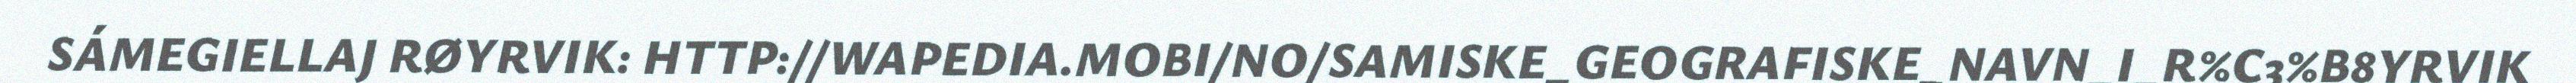
SÁMEGIELLAJ RØYRVIK: HTTP://WAPEDIA.MOBI/NO/SAMISKE_GEOGRAFISKE_NAVN_I_R%C3%B8YRVIK